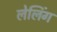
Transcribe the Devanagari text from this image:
लेलिंग